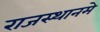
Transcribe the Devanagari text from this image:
राजस्थानमे